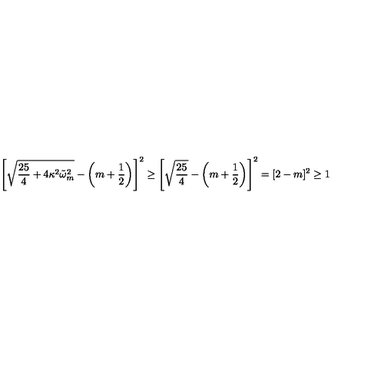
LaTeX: \left[ \sqrt { \frac { 2 5 } { 4 } + 4 \kappa ^ { 2 } \tilde { \omega } _ { m } ^ { 2 } } - \left( m + \frac 1 2 \right) \right] ^ { 2 } \ge \left[ \sqrt { \frac { 2 5 } { 4 } } - \left( m + \frac 1 2 \right) \right] ^ { 2 } = [ 2 - m ] ^ { 2 } \ge 1